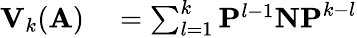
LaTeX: \begin{array}{rl}{\mathbf{V}_{k}(\mathbf{A})}&{{}=\sum_{l=1}^{k}\mathbf{P}^{l-1}\mathbf{NP}^{k-l}}\end{array}